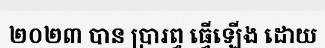
២០២៣ បាន ប្រារព្ធ ធ្វើឡើង ដោយ